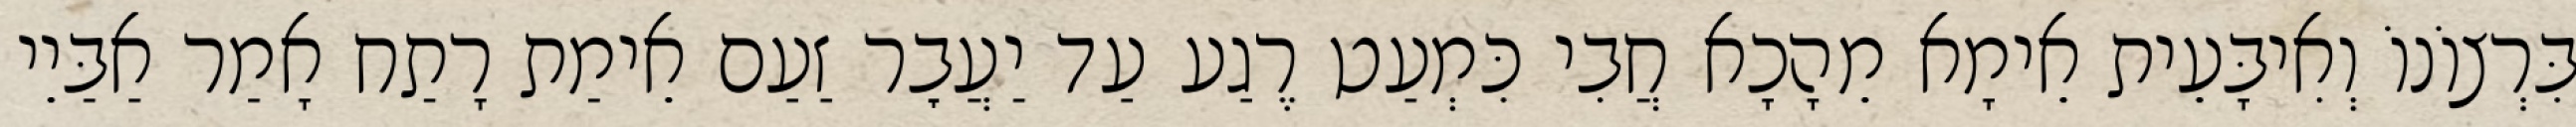
בִּרְצוֹנוֹ וְאִיבָּעֵית אֵימָא מֵהָכָא חֲבִי כִּמְעַט רֶגַע עַד יַעֲבׇר זַעַם אֵימַת רָתַח אָמַר אַבַּיֵי